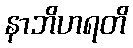
နာဘိဟရတိ